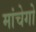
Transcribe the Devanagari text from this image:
मांचेगो